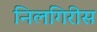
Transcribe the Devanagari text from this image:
निलगिरीस